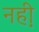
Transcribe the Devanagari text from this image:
नही़